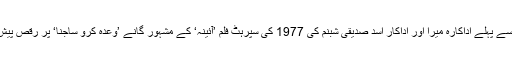
سب سے پہلے اداکارہ میرا اور اداکار اسد صدیقی شبنم کی 1977 کی سپرہٹ فلم ’آئینہ‘ کے مشہور گانے ’وعدہ کرو ساجنا‘ پر رقص پیش کیا۔